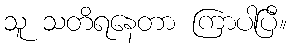
သူ သတိရနေတာ ကြာပါပြီ။